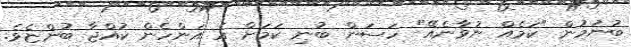
ބުނުމުން "ކަމެއް ނުވާނެއޭ" ހަސަން ބުނި ކަމަށް އެ އަންހެން ކުއްޖާ ބުންޏެވެ.